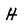
Character: H